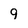
Character: 9